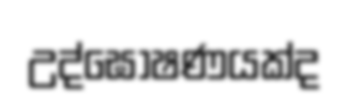
උද්ඝෝෂණයක්ද